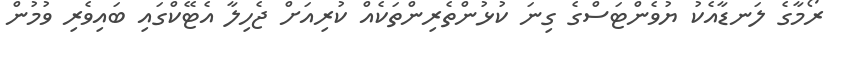
ރޯމާގެ ލަނޑާއެކު ޔުވެންޓަސްގެ ގިނަ ކުޅުންތެރިންތަކެއް ކުރިއަށް ޖެހިލާ އެޓޭކްގައި ބައިވެރި ވުމުން